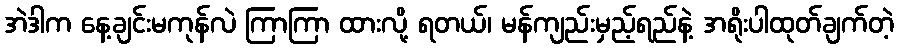
အဲဒါက နေ့ချင်းမကုန်လဲ ကြာကြာ ထားလို့ ရတယ်၊ မန်ကျည်းမှည့်ရည်နဲ့ အရိုးပါထုတ်ချက်တဲ့